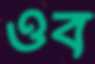
ওব